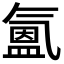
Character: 𭯳